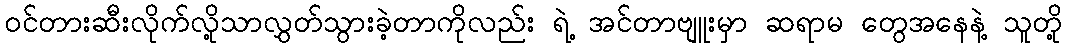
ဝင်တားဆီးလိုက်လို့သာလွှတ်သွားခဲ့တာကိုလည်း ရဲ့ အင်တာဗျူးမှာ ဆရာမ တွေအနေနဲ့ သူတို့